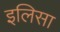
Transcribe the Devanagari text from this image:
इलिसा